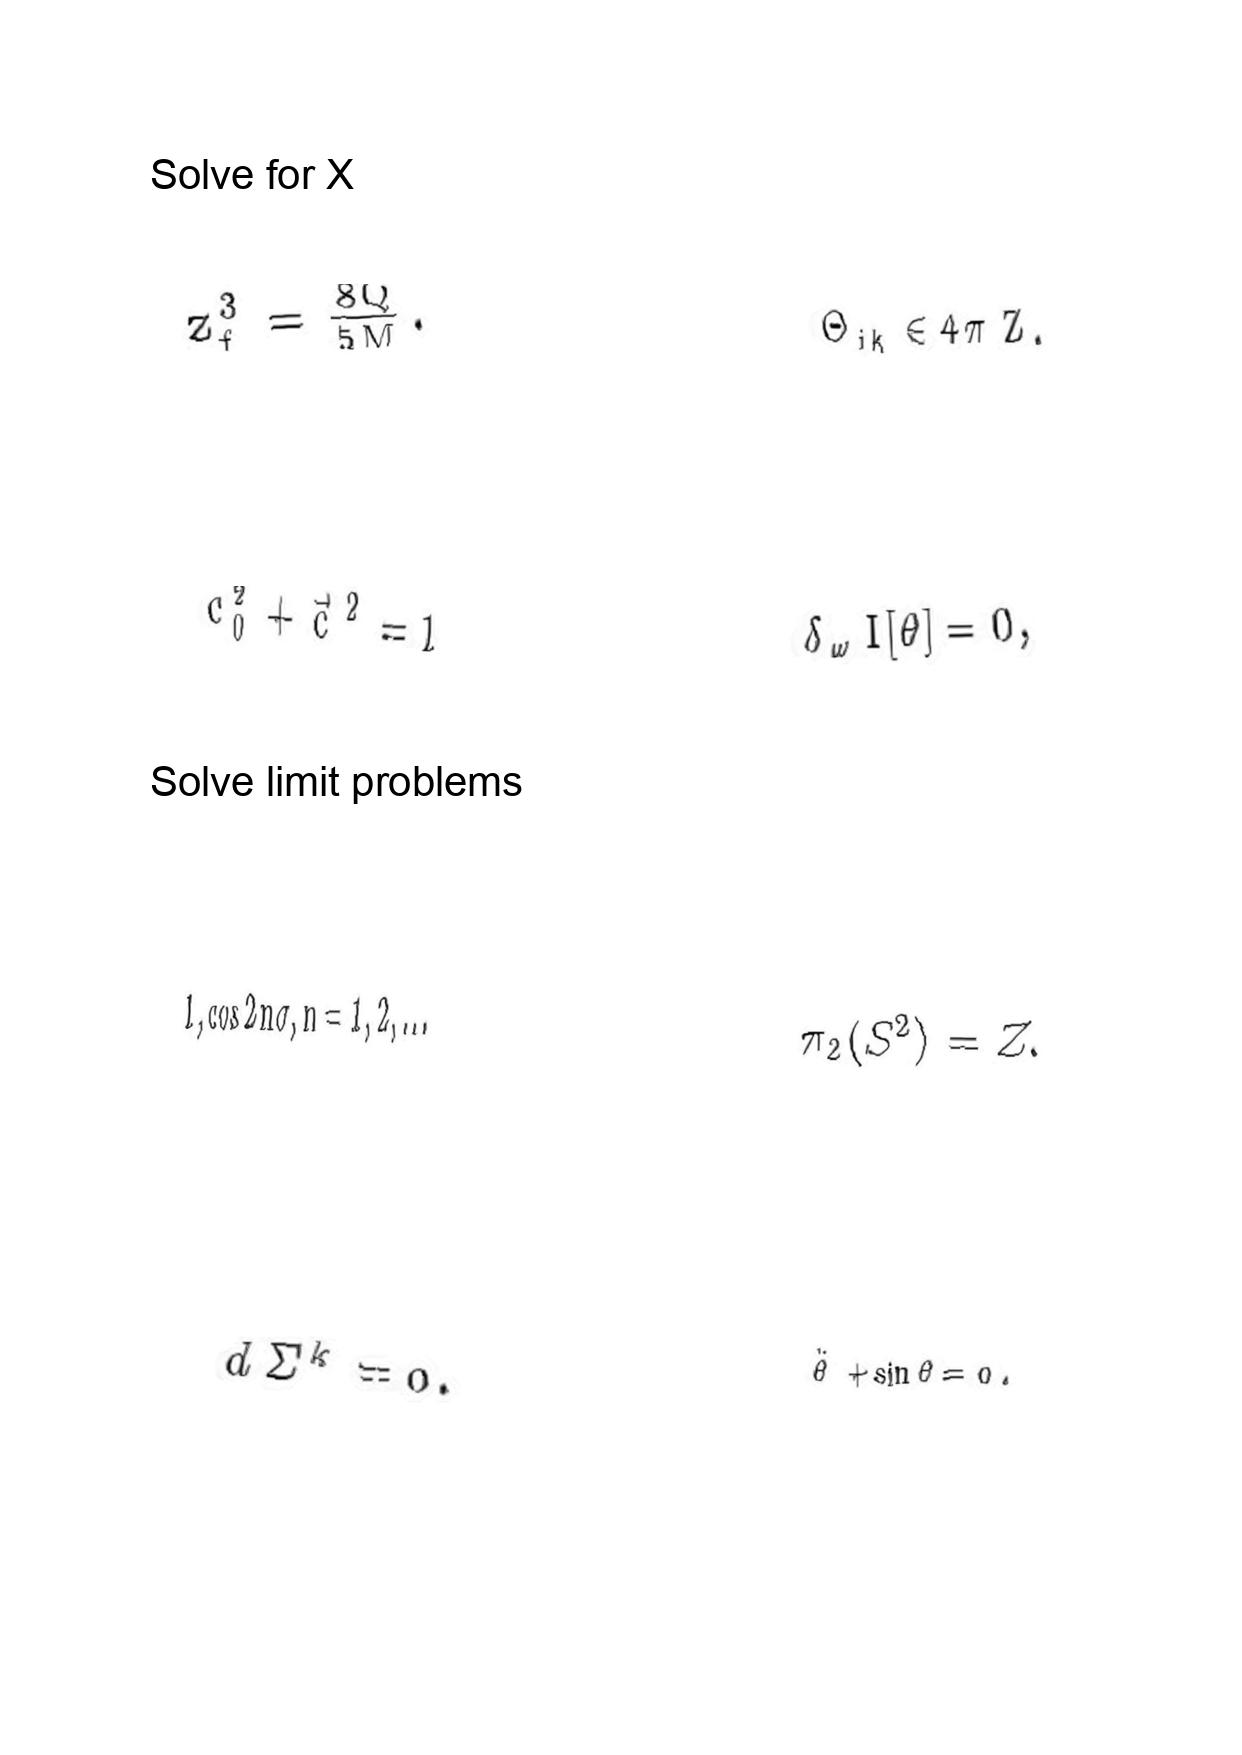
LaTeX transcription:
z _ { f } ^ { 3 } = \frac { 8 Q } { 5 M } .
c _ { 0 } ^ { 2 } + \vec { c } ^ { 2 } = 1
1 , \cos 2 n \sigma , n = 1 , 2 , . . .
d \Sigma ^ { k } = 0 .
\Theta _ { i k } \in 4 \pi \mathrm { \space Z } .
\delta _ { \omega } I \lbrack \theta \rbrack = 0 ,
\pi _ { 2 } \lparen S ^ { 2 } \rparen = Z .
\ddot { \theta } + \sin \theta = 0 .